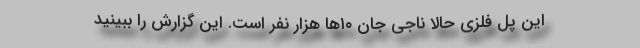
این پل فلزی حالا ناجی جان ۱۰‌ها هزار نفر است. این گزارش را ببینید